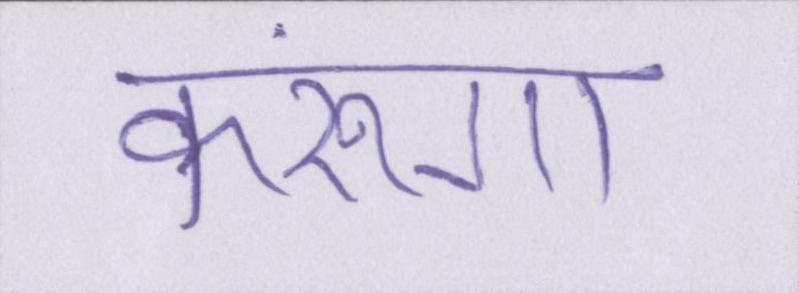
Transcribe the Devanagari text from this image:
करूंगा